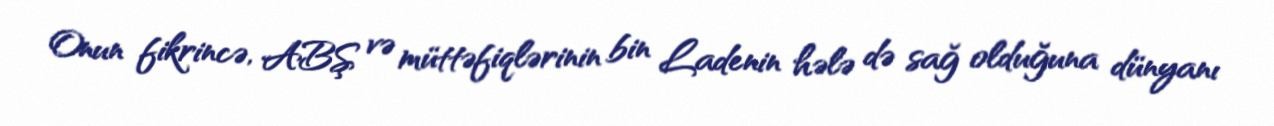
Onun fikrincə, ABŞ və müttəfiqlərinin bin Ladenin hələ də sağ olduğuna dünyanı